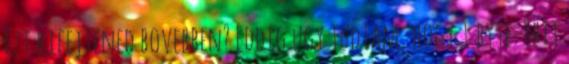
Ezt kifejtened bovebben? Eddig ugy tudtam, hogy 1 byte=8bit